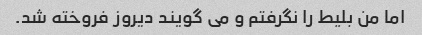
اما من بلیط را نگرفتم و می گویند دیروز فروخته شد.